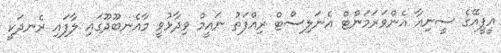
އީޕީއޭގެ ސީނިއާ އެންވަރަމަންޓް އެނަލިސްޓް ރިއްފަތު ނައީމް ވިދާޅުވީ މާއެނބޫދޫގައި ލާފައި ރެނދަކީ